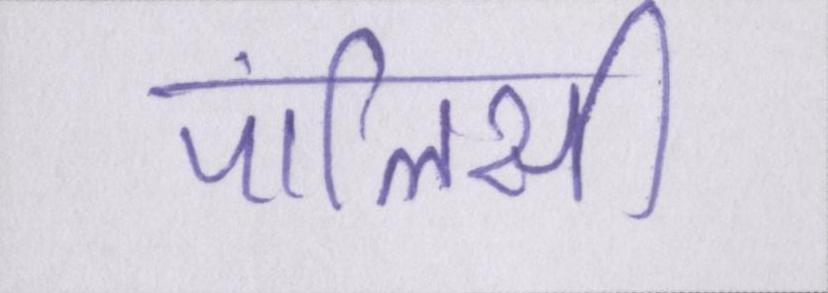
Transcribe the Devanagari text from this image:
पॉलिसी